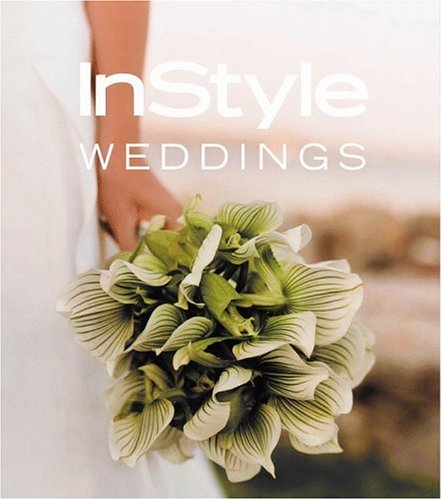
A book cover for In Style: Weddings; Editors of In Style Magazine; Crafts, Hobbies & Home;